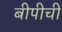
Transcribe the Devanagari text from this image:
बीपीची